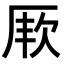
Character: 𭆇